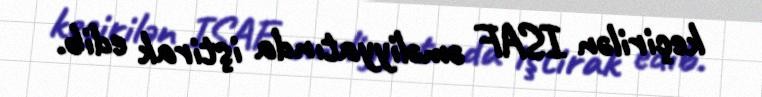
keçirilən ISAF əməliyyatında iştirak edib.